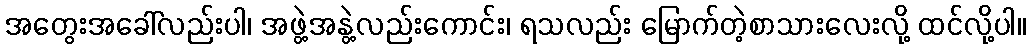
အတွေးအခေါ်လည်းပါ၊ အဖွဲ့အနွဲ့လည်းကောင်း၊ ရသလည်း မြောက်တဲ့စာသားလေးလို့ ထင်လို့ပါ။